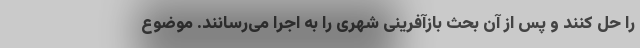
را حل کنند و پس از آن بحث بازآفرینی شهری را به اجرا می‌رسانند. موضوع